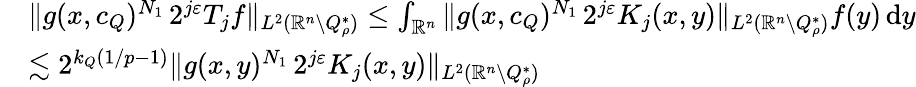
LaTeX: \begin{array}{rl}&{\| g(x,c_{Q})^{N_{1}}\, 2^{j\varepsilon}T_{j}f\| _{L^{2}(\mathbb{R}^{n}\setminus Q_{\rho}^{*})}\leq\int_{\mathbb{R}^{n}}\| g(x,c_{Q})^{N_{1}}\, 2^{j\varepsilon}K_{j}(x,y)\| _{L^{2}(\mathbb{R}^{n}\setminus Q_{\rho}^{*})}f(y)\, \mathrm{d}y}\\ &{\lesssim 2^{k_{Q}(1/p-1)}\| g(x,y)^{N_{1}}\, 2^{j\varepsilon}K_{j}(x,y)\| _{L^{2}(\mathbb{R}^{n}\setminus Q_{\rho}^{*})}}\end{array}